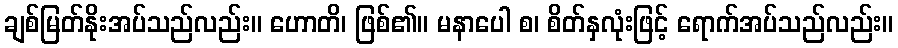
ချစ်မြတ်နိုးအပ်သည်လည်း။ ဟောတိ၊ ဖြစ်၏။ မနာပေါ စ၊ စိတ်နှလုံးဖြင့် ရောက်အပ်သည်လည်း။